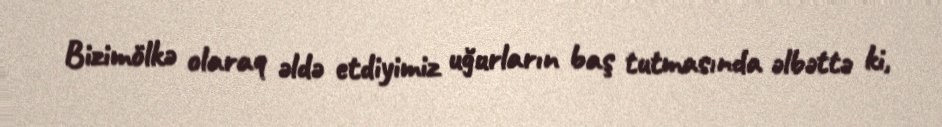
Bizimölkə olaraq əldə etdiyimiz uğurların baş tutmasında əlbəttə ki,